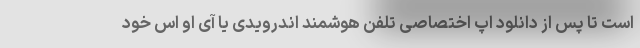
است تا پس از دانلود اپ اختصاصی تلفن هوشمند اندرویدی یا آی او اس خود